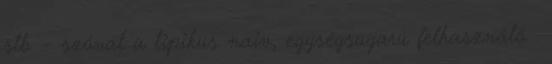
stb. – szóval a tipikus naiv, egységsugarú felhasználó .